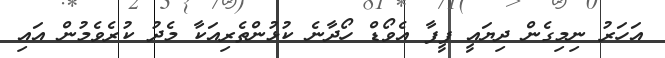
އަހަރު ނިމިގެން ދިޔައީ ފީފާ އެވޯޑް ހޯދާނެ ކުޅުންތެރިއަކާ މެދު ކުރެވެމުން އައި